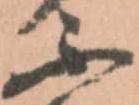
不